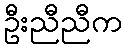
ဦးညီညီက